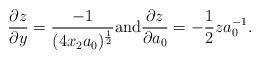
LaTeX: \begin{align*}\frac{\partial z}{ \partial y} = \frac{-1}{(4 x_2 a_0)^{\frac{1}{2}}} \textrm{and} \frac{\partial z}{\partial a_0} = -\frac{1}{2} z a_0^{-1}.\end{align*}